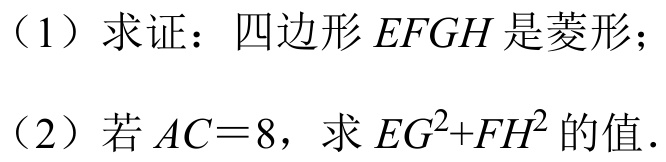
（1）求证：四边形$EFGH$是菱形；
（2）若$AC = 8$，求$EG^{2}+FH^{2}$的值.